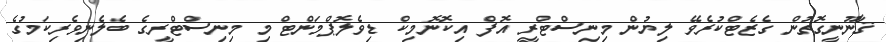
ޤާނޫނީގޮތުން ގެޒެޓްކުރެވޭ ލިޔުން މިނިސްޓްރީ އޮފް އިކޮނޮމިކް ޑިވެލޮޕްމަންޓް މި މިނިސްޓްރީގެ ބެލެނިވެރިކަމުގެ